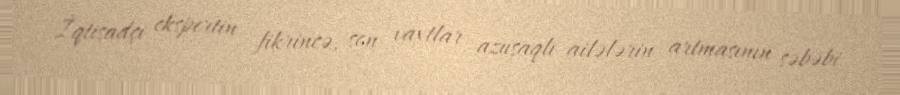
İqtisadçı ekspertin fikrincə, son vaxtlar azuşaqlı ailələrin artmasının səbəbi